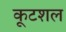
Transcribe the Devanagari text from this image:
कूटशल